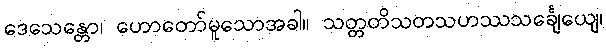
ဒေသေန္တော၊ ဟောတော်မူသောအခါ။ သတ္တတိသတသဟဿသင်္ချေယျေ၊